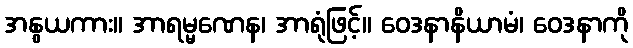
အနွယကား။ အာရမ္မဏေန၊ အာရုံဖြင့်။ ဝေဒနာနိယာမံ၊ ဝေဒနာကို